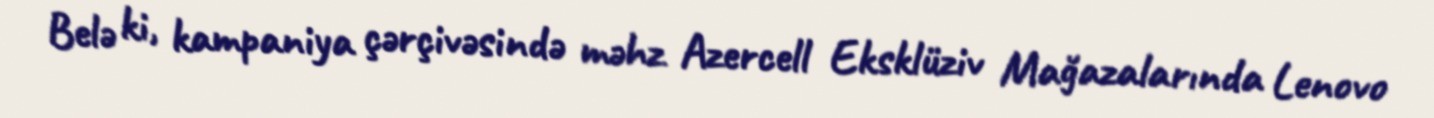
Belə ki, kampaniya çərçivəsində məhz Azercell Eksklüziv Mağazalarında Lenovo